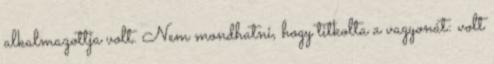
alkalmazottja volt. Nem mondhatni, hogy titkolta a vagyonát: volt